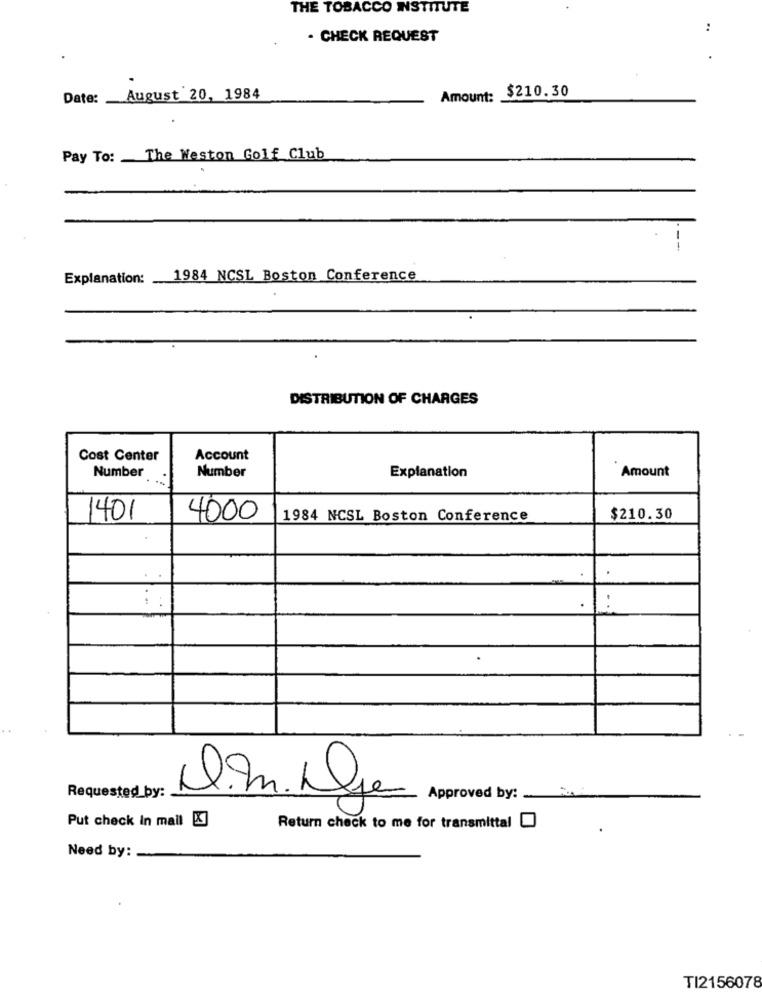
THE TOBACCO INSTITUTE
..
. CHECK REQUEST
Amount: $210.30
Date: August 20, 1984
Pay To: The Weston Golf Club
Explanation: 1984 NCSL Boston Conference
DISTRIBUTION OF CHARGES
Cost Center
Account
Number
Amount
Number
Explanation
1401
4000
1984 NCSL Boston Conference
$210.30
-
Requested by:
Approved by:
Put check In mail [K]
Return check to me for transmittal [
Need by:
TI2156078